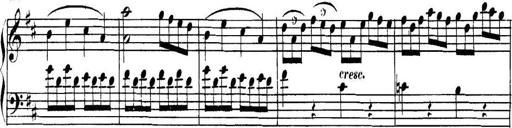
Title: Collected Piano Sonatas
Composer: Muzio Clementi